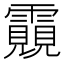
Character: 䨳